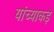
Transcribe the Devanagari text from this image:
यांच्याकड़े